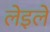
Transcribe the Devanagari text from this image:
लेइले